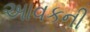
આવકની